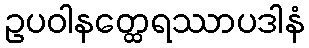
ဥပဝါနတ္ထေရဿာပဒါနံ